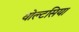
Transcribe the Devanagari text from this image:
वोल्टसिया